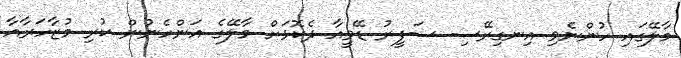
މާލޭގައި ހުންނެވި އިނގިރޭސި ސަފީރު ޑޭވީއާ ދެކޮޅަށް މާލޭގެ އަންހެނުން ކުރި މުޒާހަރާއާ